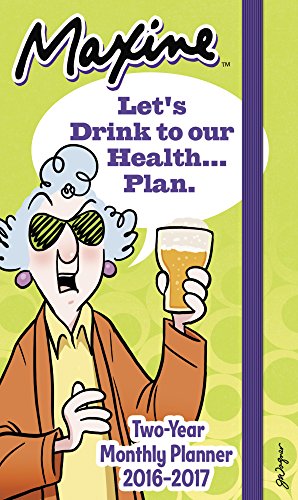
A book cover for MAXINE Pocket Planner 2 Year (2016); Day Dream; Calendars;